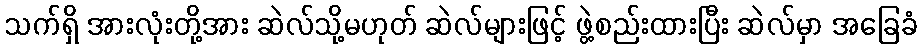
သက်ရှိ အားလုံးတို့အား ဆဲလ်သို့မဟုတ် ဆဲလ်များဖြင့် ဖွဲ့စည်းထားပြီး ဆဲလ်မှာ အခြေခံ